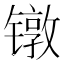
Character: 镦